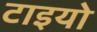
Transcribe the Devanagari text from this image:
टाइयो